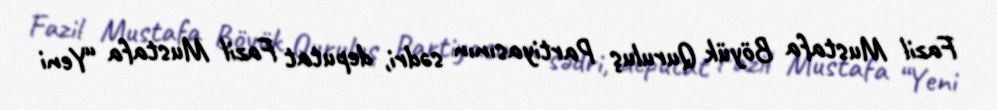
Fazil Mustafa Böyük Quruluş Partiyasının sədri, deputat Fazil Mustafa “Yeni